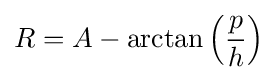
R=A-\arctan \left({p \over h}\right)